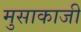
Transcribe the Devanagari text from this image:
मुसाकाजी